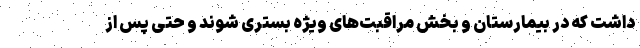
داشت که در بیمارستان و بخش مراقبت‌های ویژه بستری شوند و حتی پس از